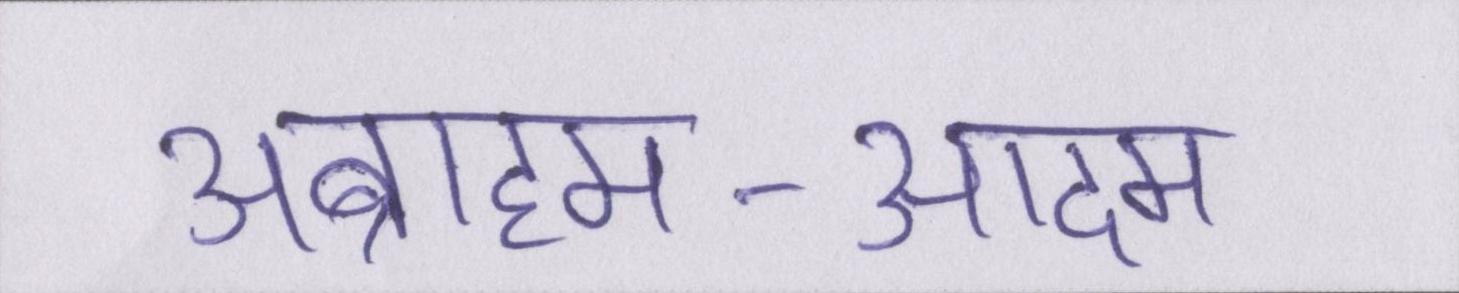
अब्राहम-आदम